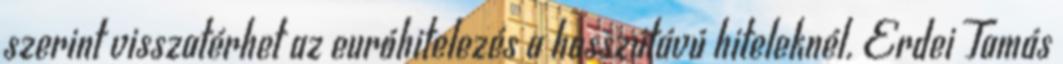
szerint visszatérhet az euróhitelezés a hosszútávú hiteleknél. Erdei Tamás